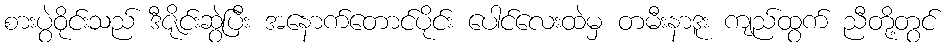
စားပွဲဝိုင်းသည် ဒီဇိုင်းဆွဲပြီး အနောက်တောင်ပိုင်း ပေါင်လေးထဲမှ တမီးနာဒူး ကျည်ထွက် ညီတို့တွင်